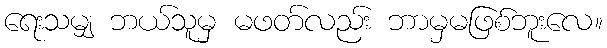
ရေးသမျှ ဘယ်သူမှ မဖတ်လည်း ဘာမှမဖြစ်ဘူးလေ။